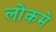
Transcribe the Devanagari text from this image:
लोकमे